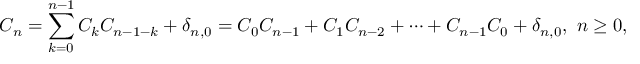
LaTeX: C _ { n } = \sum _ { k = 0 } ^ { n - 1 } C _ { k } C _ { n - 1 - k } + \delta _ { n , 0 } = C _ { 0 } C _ { n - 1 } + C _ { 1 } C _ { n - 2 } + \cdots + C _ { n - 1 } C _ { 0 } + \delta _ { n , 0 } , \ n \geq 0 ,